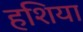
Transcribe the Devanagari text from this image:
हशिया